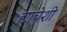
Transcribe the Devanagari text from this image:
ह्याचेशी